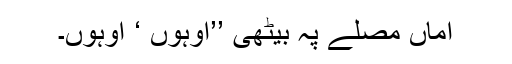
اماں مصلّے پہ بیٹھی ’’اوہوں ‘ اوہوں۔